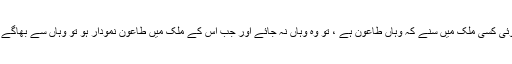
لہٰذا جو کوئی کسی ملک میں سنے کہ وہاں طاعون ہے ، تو وہ وہاں نہ جائے اور جب اس کے ملک میں طاعون نمودار ہو تو وہاں سے بھاگے بھی نہیں۔